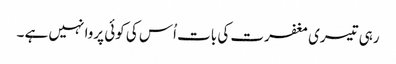
رہی تیسری مغفرت کی بات اُس کی کوئی پروا نہیں ہے ۔